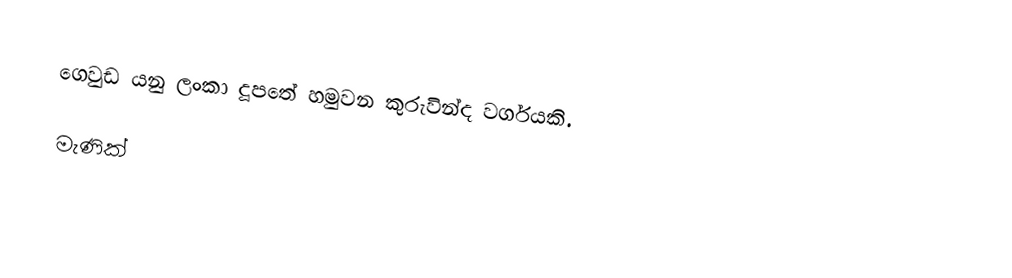
ගෙවුඩ යනු ලංකා දූපතේ හමුවන කුරුවින්ද වර්ගයකි.

මැණික්